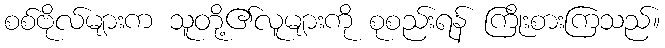
စစ်ဗိုလ်များက သူတို့၏လူများကို စုစည်းရန် ကြိုးစားကြသည်။